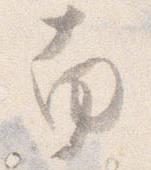
南